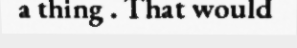
a thing . That would